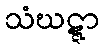
သံဃဋ္ဋာ